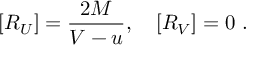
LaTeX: [ R _ { U } ] = \frac { 2 M } { V - u } , \quad [ R _ { V } ] = 0 \ .